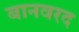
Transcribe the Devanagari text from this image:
बानवरद